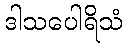
ဒါသပေါရိသံ